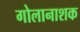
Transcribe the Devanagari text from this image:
गोलानाशक